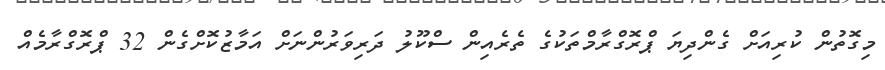
މިގޮތުން ކުރިއަށް ގެންދިޔަ ޕްރޮގްރާމްތަކުގެ ތެރެއިން ސްކޫލު ދަރިވަރުންނަށް އަމާޒުކޮށްގެން 32 ޕްރޮގްރާމެއް